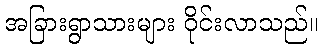
အခြားရွာသားများ ဝိုင်းလာသည်။